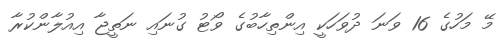
މޭ މަހުގެ 16 ވަނަ ދުވަހަކީ އިންތިހާބުގެ ވޯޓު ގުނައި ނަތީޖާ އިއުލާންކުރާ